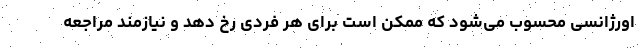
اورژانسی محسوب می‌شود که ممکن است برای هر فردی رخ دهد و نیازمند مراجعه